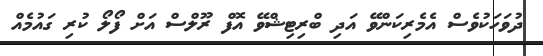
ދުވަހަކުވެސް އެމެރިކަންވޭ އަދި ބްރިޓިޝްވޭ އޮފް ރޫލްސް އަށް ފޯލޯ ކުރި ގައުމެއް